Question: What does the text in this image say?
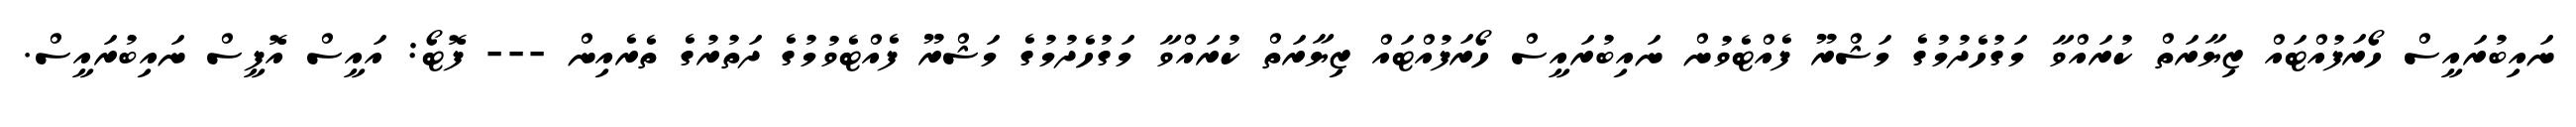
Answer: ނައިބުރައީސް ހޯރަފުއްޓައް ޒިޔާރަތް ކުރައްވާ މަގުހެދުމުގެ މަޝްރޫ ފެއްޓެވުން ނައިބުރައީސް ހޯރަފުއްޓައް ޒިޔާރަތް ކުރައްވާ މަގުހެދުމުގެ މަޝްރޫ ފެއްޓެވުމުގެ ދަތުރުގެ ތެރެއިން --- ފޮޓޯ: އައީސް އޮފީސް ނައިބުރައީސް.